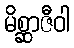
မိစ္ဆာဇီဝါ